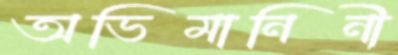
অভিমানিনী